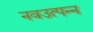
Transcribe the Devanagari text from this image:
नवउत्पन्न